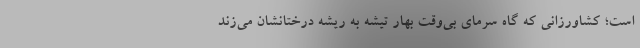
است؛ کشاورزانی که گاه سرمای بی‌وقت بهار تیشه به ریشه درختانشان می‌زند